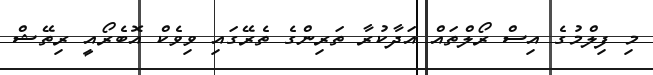
މި ފިލްމުގެ އިސް ރޯލްތައް އަދާކުރާ ތަރިންގެ ތެރޭގައި ވިވެކް އޮބެރޯއީ ރިތޭޝް